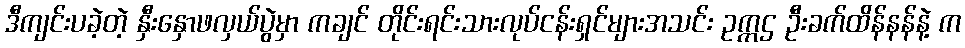
ဒီကျင်းပခဲ့တဲ့ နှီးနှောဖလှယ်ပွဲမှာ ကချင် တိုင်းရင်းသားလုပ်ငန်းရှင်များအသင်း ဥက္ကဌ ဦးခက်ထိန်နန်နဲ့ က